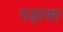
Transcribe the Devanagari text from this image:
गड़ासा